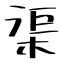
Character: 渠